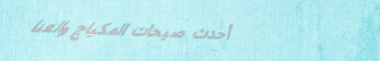
أحدث صيحات المكياج والعنا